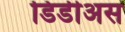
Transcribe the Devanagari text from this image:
डिडीअस